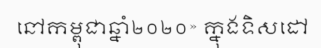
នៅកម្ពុជាឆ្នាំ២០២០» ក្នុងទិសដៅ